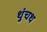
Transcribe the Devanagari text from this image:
थुंचथ